65_HS1-834228961_62-HQ-83894_SUB_A
Agency: FBI
Page 73
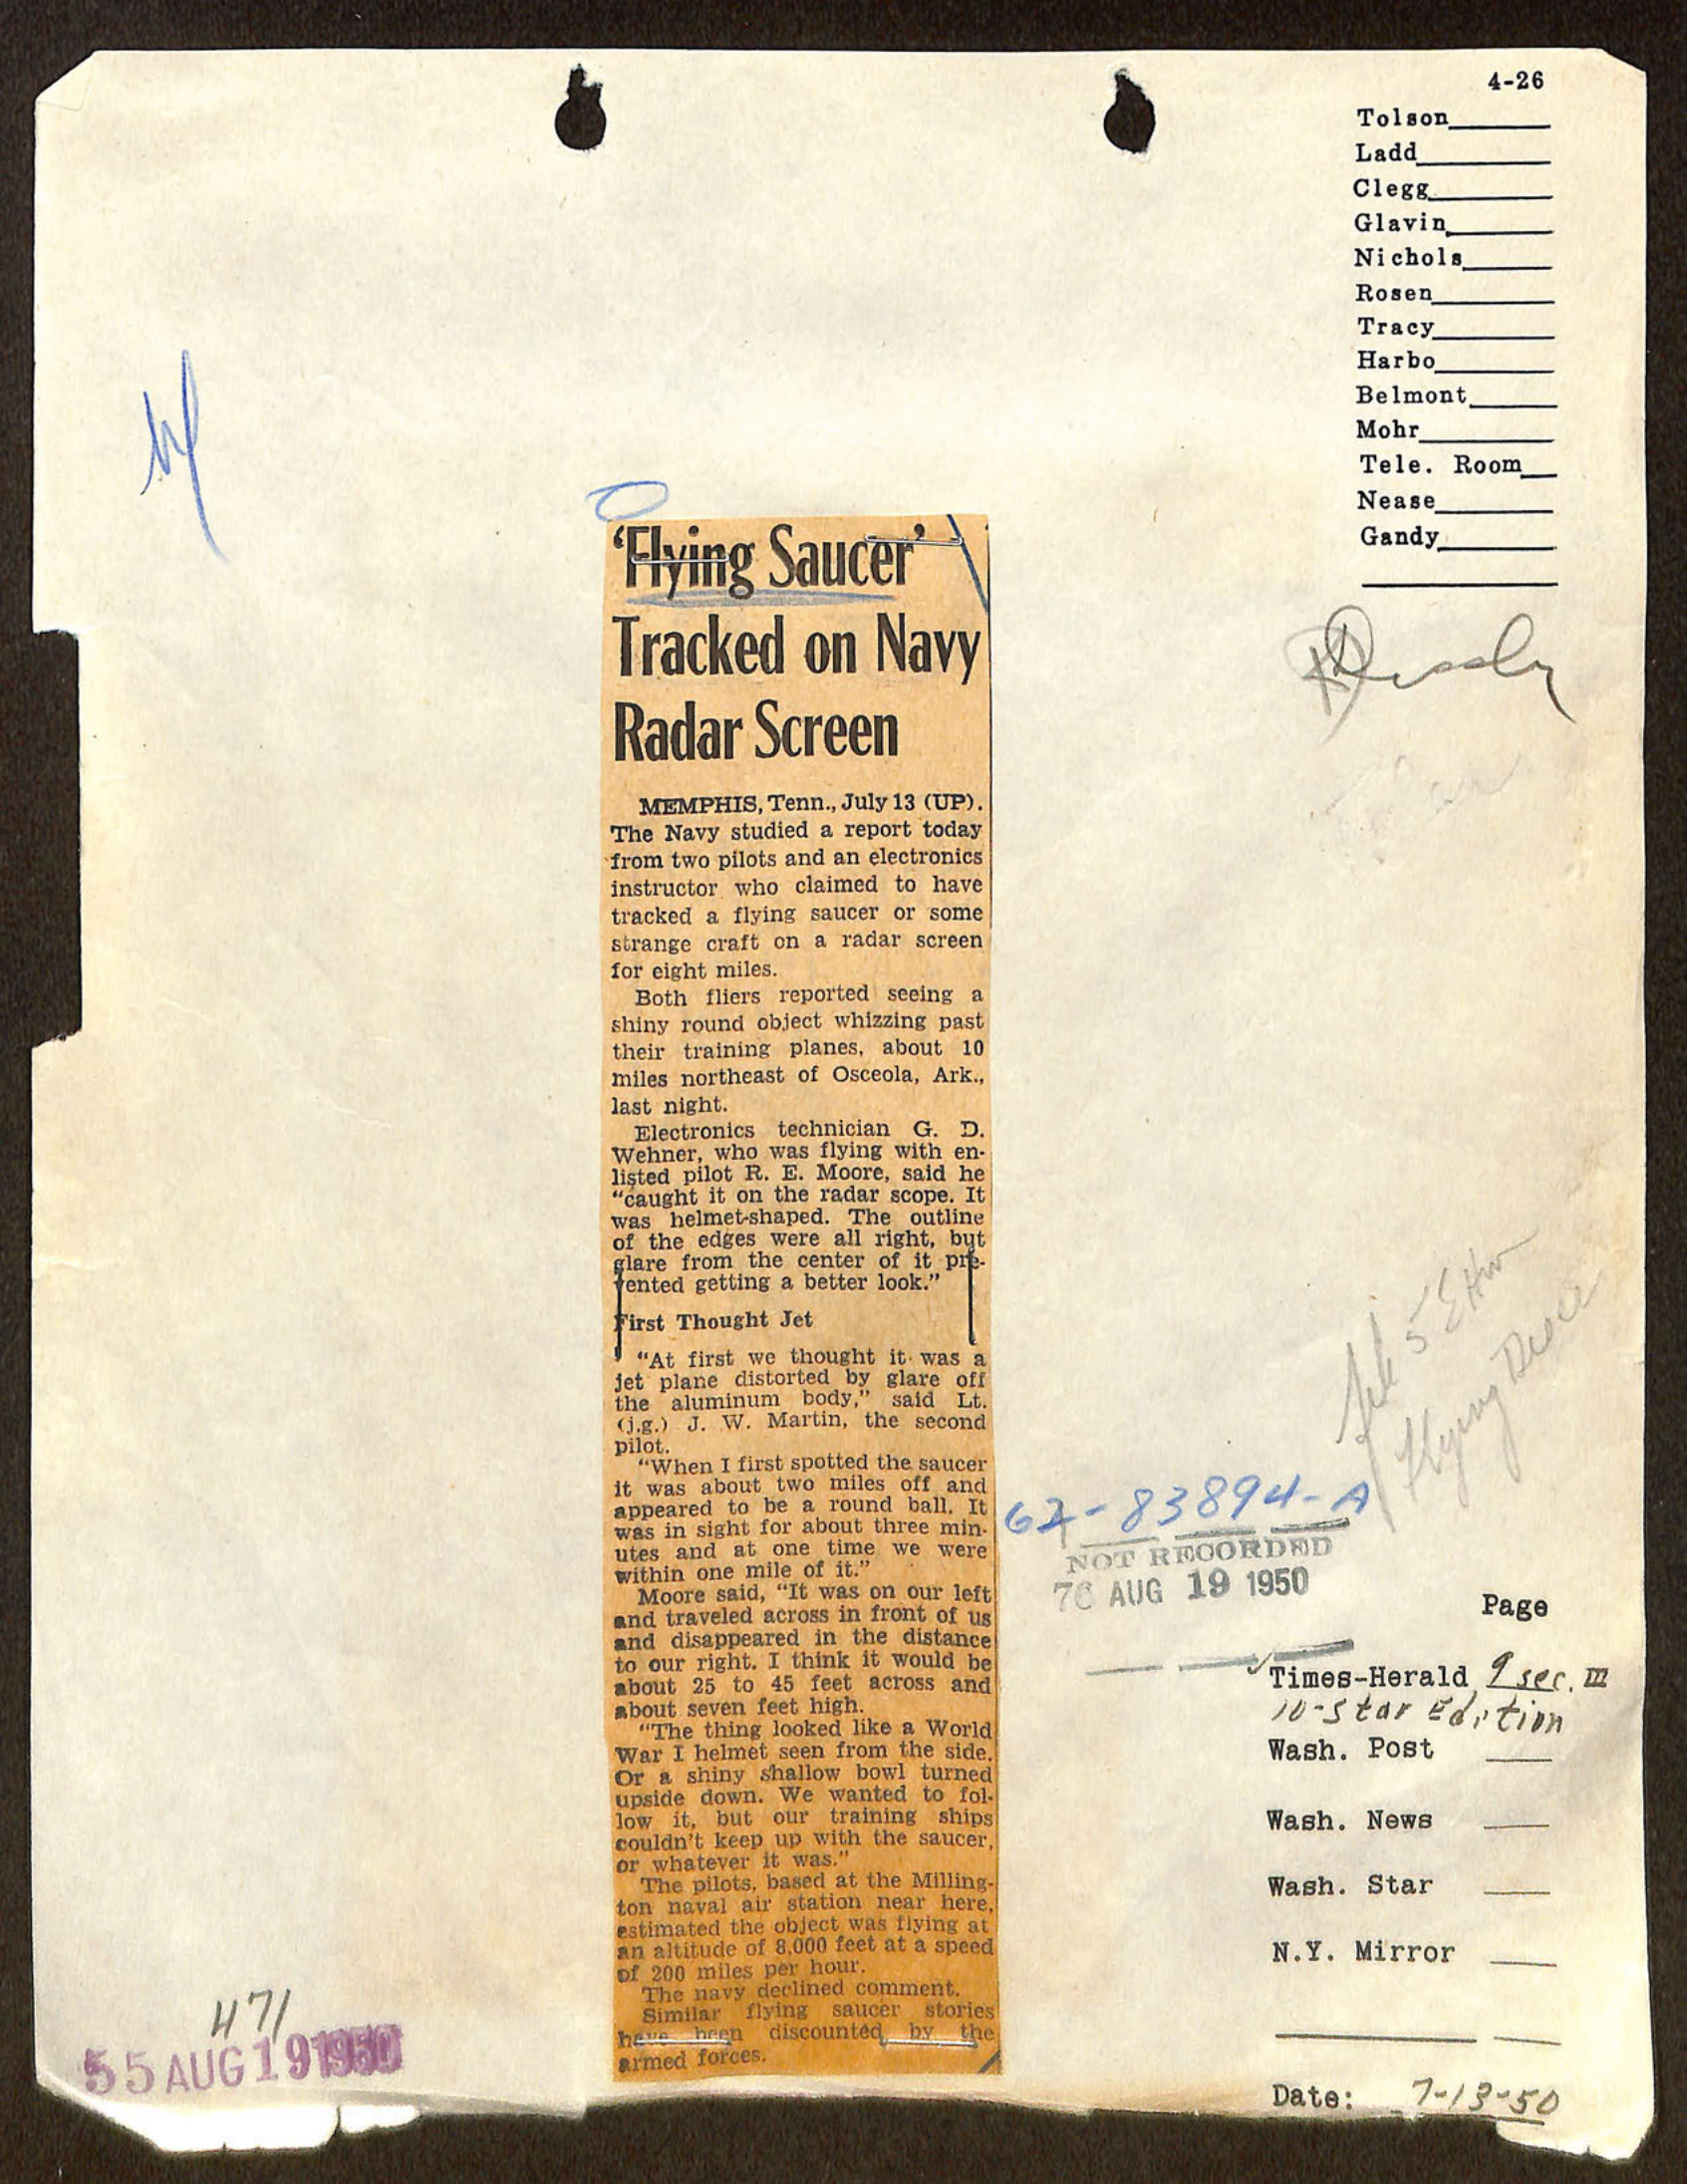